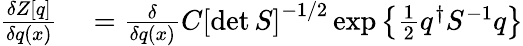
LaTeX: \begin{array}{rl}{\frac{\delta Z[q]}{\delta q(x)}}&{{}=\frac{\delta}{\delta q(x)}C\left[\operatorname*{det}S\right]^{-1/2}\exp\left\{ \frac{1}{2}q^{\dagger}S^{-1}q\right\} }\end{array}